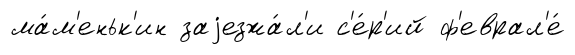
ма́м'еньк'ин заjезжа́л'и с'е́р'ий ф'еврал'е́